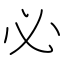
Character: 必